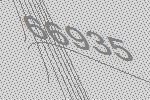
66935